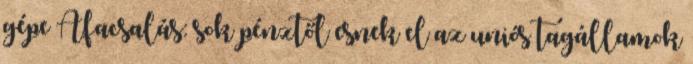
gépe Áfacsalás: sok pénztől esnek el az uniós tagállamok